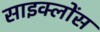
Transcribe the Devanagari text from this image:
साइक्लोंस